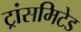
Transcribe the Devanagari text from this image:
ट्रांसमिटेड